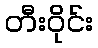
တီးဝိုင်း